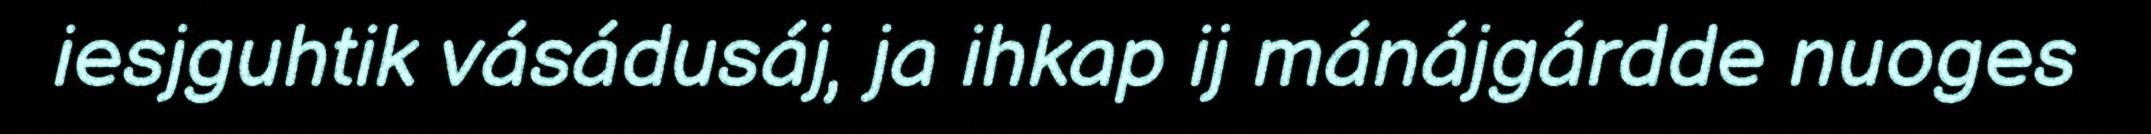
iesjguhtik vásádusáj, ja ihkap ij mánájgárdde nuoges